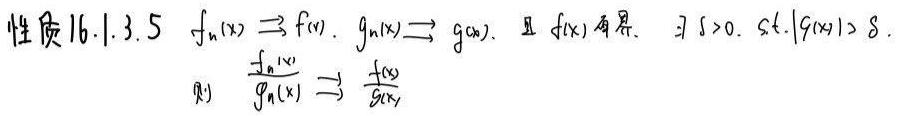
性质16.1.3.5 \( f_n(x)\rightrightarrows f(x), g_n(x)\rightrightarrows g(x) \)，且\( f(x) \)有界，\( \exists \delta > 0 \)，s.t. \( |g(x)| > \delta \)，则\( \frac{f_n(x)}{g_n(x)}\rightrightarrows \frac{f(x)}{g(x)} \)